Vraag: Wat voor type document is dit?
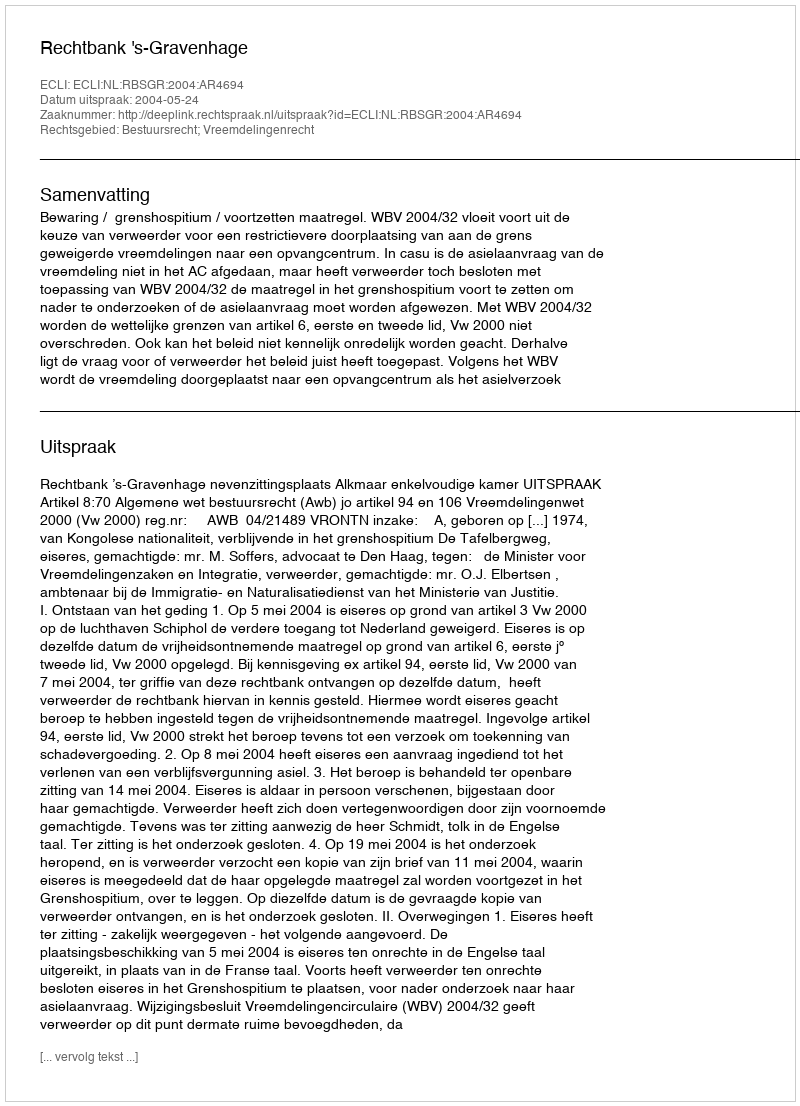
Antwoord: Uitspraak